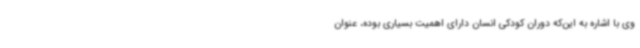
وی با اشاره به این‌که دوران کودکی انسان دارای اهمیت بسیاری بوده، عنوان